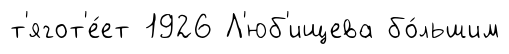
т'ягот'е́ет 1926 Л'юб'ищева бо́льшим